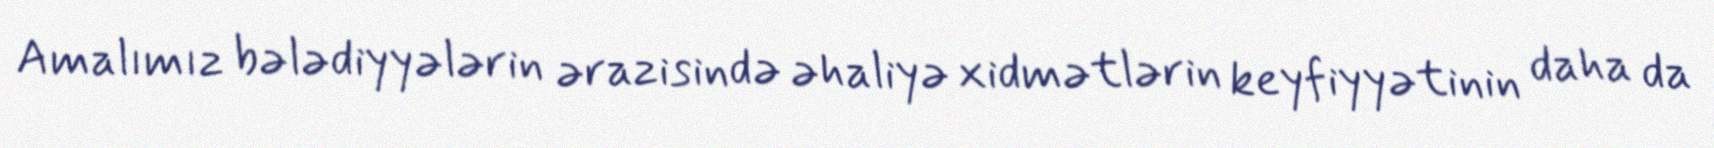
Amalımız bələdiyyələrin ərazisində əhaliyə xidmətlərin keyfiyyətinin daha da